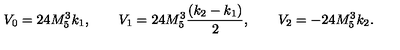
V _ { 0 } = 2 4 M _ { 5 } ^ { 3 } k _ { 1 } , \qquad V _ { 1 } = 2 4 M _ { 5 } ^ { 3 } \frac { ( k _ { 2 } - k _ { 1 } ) } { 2 } , \qquad V _ { 2 } = - 2 4 M _ { 5 } ^ { 3 } k _ { 2 } .